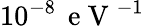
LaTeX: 10^{-8}\, \mathrm{~e~V~}^{-1}